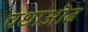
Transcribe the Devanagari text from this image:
चधाऒढ